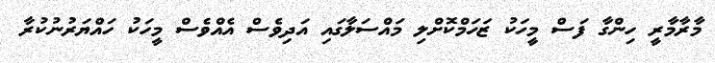
މާރާމާރީ ހިންގާ ފަސް މީހަކު ޒަހަމްކޮށްލި މައްސަލާގައި އަދިވެސް އެއްވެސް މީހަކު ހައްޔަރުނުކުރާ